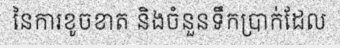
នៃការខូចខាត និងចំនួនទឹកប្រាក់ដែល